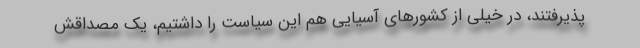
پذیرفتند، در خیلی از کشورهای آسیایی هم این سیاست را داشتیم، یک مصداقش